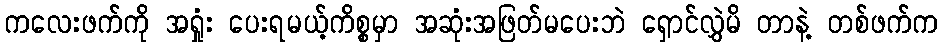
ကလေးဖက်ကို အရှုံး ပေးရမယ့်ကိစ္စမှာ အဆုံးအဖြတ်မပေးဘဲ ရှောင်လွှဲမိ တာနဲ့ တစ်ဖက်က